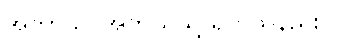
အဘာသိ၊ အဘယ်သို့ ရွတ်သနည်း။)